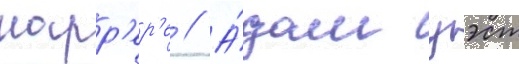
карр'ер'е // А́дам уэст